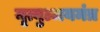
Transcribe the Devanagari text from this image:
मृत्युञ्जयमंत्र